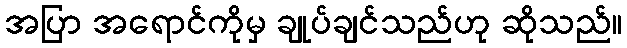
အပြာ အရောင်ကိုမှ ချုပ်ချင်သည်ဟု ဆိုသည်။